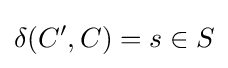
\delta (C',C)=s\in S